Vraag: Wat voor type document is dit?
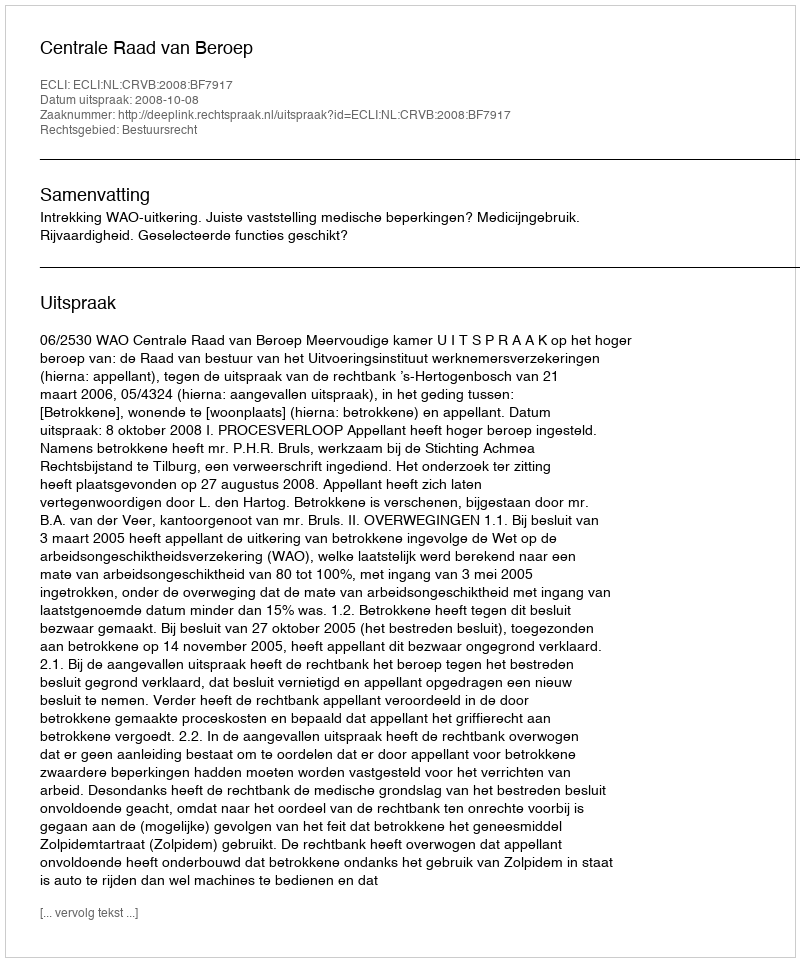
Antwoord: Uitspraak